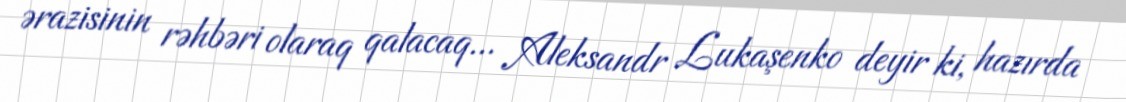
ərazisinin rəhbəri olaraq qalacaq... Aleksandr Lukaşenko deyir ki, hazırda